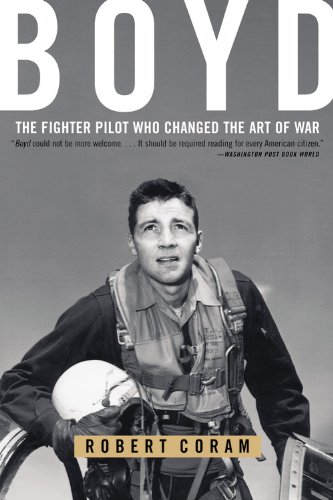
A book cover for Boyd: The Fighter Pilot Who Changed the Art of War; Robert Coram; Biographies & Memoirs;